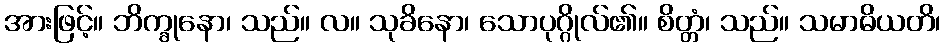
အားဖြင့်။ ဘိက္ခုနော၊ သည်။ လ။ သုခိနော၊ သောပုဂ္ဂိုလ်၏။ စိတ္တံ၊ သည်။ သမာဓိယတိ၊